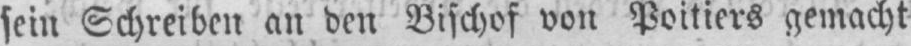
sein Schreiben an den Bischof von Poitiers gemacht